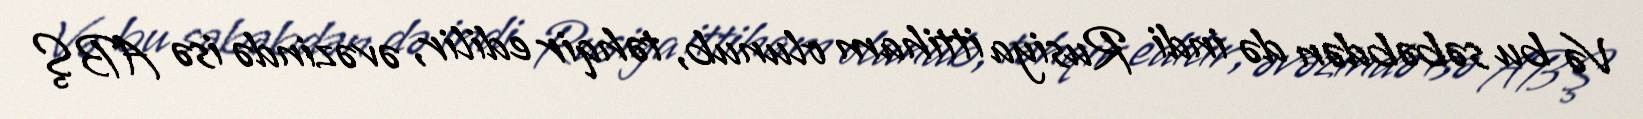
Və bu səbəbdən də indi Rusiya ittiham olunub, təhqir edilir, əvəzində isə ABŞ